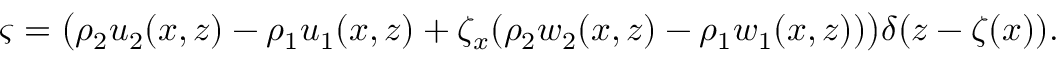
\varsigma = \big ( \rho _ { 2 } u _ { 2 } ( x , z ) - \rho _ { 1 } u _ { 1 } ( x , z ) + \zeta _ { x } ( \rho _ { 2 } w _ { 2 } ( x , z ) - \rho _ { 1 } w _ { 1 } ( x , z ) ) \big ) \delta ( z - \zeta ( x ) ) .